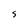
Character: S